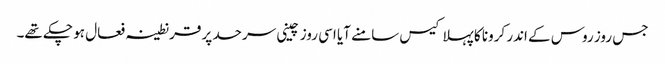
جس روز روس کے اندر کرونا کا پہلا کیس سامنے آیا اسی روز چینی سرحد پر قرنطینہ فعال ہو چکے تھے۔